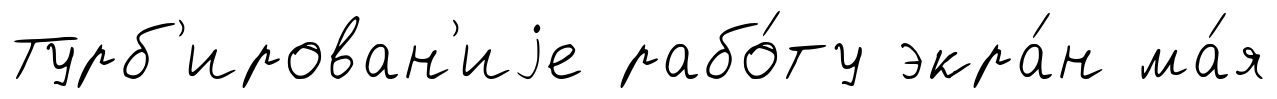
Турб'ирован'иjе рабо́ту экра́н ма́я